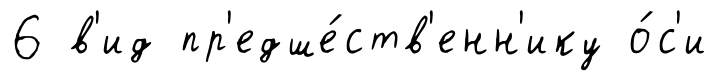
6 в'ид пр'едше́ств'енн'ику о́с'и